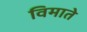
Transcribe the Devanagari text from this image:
विमाते